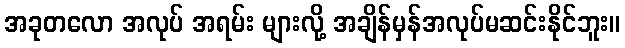
အခုတလော အလုပ် အရမ်း များလို့ အချိန်မှန်အလုပ်မဆင်းနိုင်ဘူး။